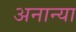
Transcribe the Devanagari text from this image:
अनान्या